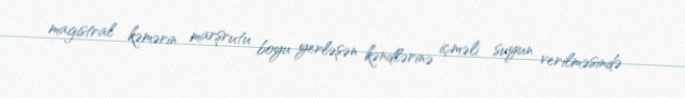
magistral kəmərin marşrutu boyu yerləşən kəndlərinə içməli suyun verilməsində